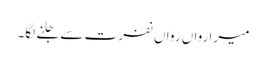
میرا رواں رواں نفرت سے جلنے لگا۔